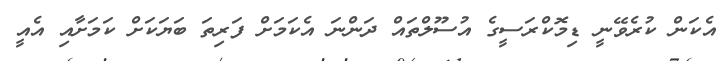
އެކަން ކުރެވޭނީ ޑިމޮކްރަސީގެ އުސޫލްތައް ދަންނަ އެކަމަށް ފަރިތަ ބަޔަކަށް ކަމަށާއި އެއީ